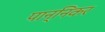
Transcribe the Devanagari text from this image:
पान्निकर